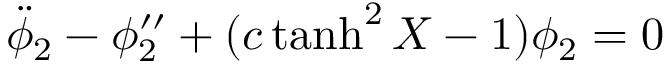
{ \ddot { \phi } } _ { 2 } - \phi _ { 2 } ^ { \prime \prime } + ( c \operatorname { t a n h } ^ { 2 } X - 1 ) \phi _ { 2 } = 0